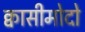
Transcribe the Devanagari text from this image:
क्वासीमोदो